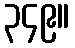
၃၄၉။